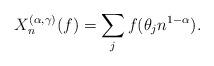
LaTeX: \begin{align*} X_n^{(\alpha,\gamma)}(f)= \sum_j f(\theta_j n^{1-\alpha}).\end{align*}